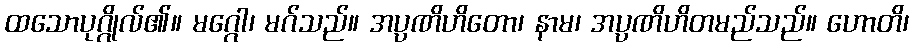
ထသောပုဂ္ဂိုလ်၏။ မဂ္ဂေါ၊ မဂ်သည်။ အပ္ပဏိဟိတော၊ နာမ၊ အပ္ပဏိဟိတမည်သည်။ ဟောတိ၊